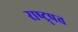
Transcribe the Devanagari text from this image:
राष्ट्र्पत